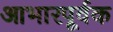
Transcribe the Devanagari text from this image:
आभारपूर्वक